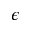
\epsilon